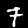
Digit: 7